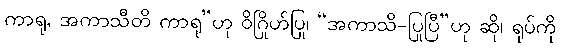
ကာရု, အကာသီတိ ကာရု”ဟု ဝိဂြိုဟ်ပြု၊ “အကာသိ-ပြုပြီ”ဟု ဆို၊ ရုပ်ကို